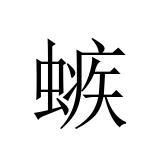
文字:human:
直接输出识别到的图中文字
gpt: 螏